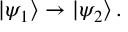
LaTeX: | \psi _ { 1 } \rangle \rightarrow | \psi _ { 2 } \rangle \, .